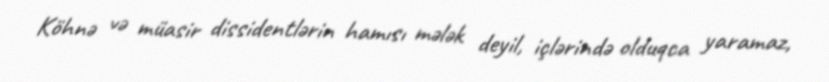
Köhnə və müasir dissidentlərin hamısı mələk deyil, içlərində olduqca yaramaz,